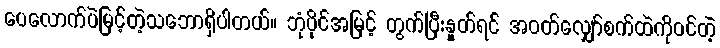
ပေလောက်ပဲမြင့်တဲ့သဘောရှိပါတယ်။ ဘုံပိုင်အမြင့် တွက်ပြီးနှုတ်ရင် အဝတ်လျှော်စက်ထဲကိုဝင်တဲ့